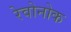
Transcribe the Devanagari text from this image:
रेवोनोक